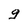
Character: g